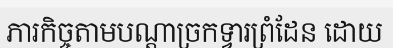
ភារកិច្ចតាមបណ្តាច្រកទ្វារព្រំដែន ដោយ